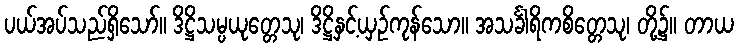
ပယ်အပ်သည်ရှိသော်။ ဒိဋ္ဌိသမ္ပယုတ္တေသု၊ ဒိဋ္ဌိနှင့်ယှဉ်ကုန်သော။ အသင်္ခါရိကစိတ္တေသု၊ တို့၌။ တာယ